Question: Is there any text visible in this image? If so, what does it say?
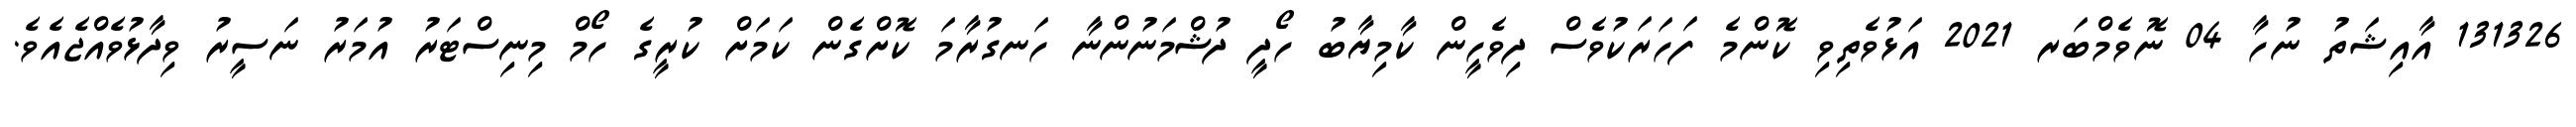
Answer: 131326 އާއިޝަތު ނުހާ 04 ނޮވެމްބަރ 2021 އަޅުވެތިވި ކޮންމެ ފަހަރަކުވެސް ދިވެހީން ކާމިޔާބު ހޯދީ ދުޝްމަނުންނާ ހަނގުރާމަ ކޮށްގެން ކަމަށް ކުރީގެ ހޯމް މިނިސްޓަރު އުމަރު ނަސީރު ވިދާޅުވެއްޖެއެވެ.